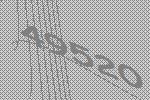
49520